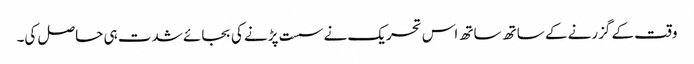
وقت کے گزرنے کے ساتھ ساتھ اس تحریک نے سست پڑنے کی بجائے شدت ہی حاصل کی۔